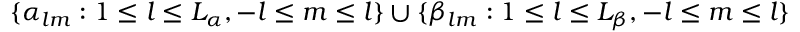
\{ \alpha _ { l m } : 1 \leq l \leq L _ { \alpha } , - l \leq m \leq l \} \cup \{ \beta _ { l m } : 1 \leq l \leq L _ { \beta } , - l \leq m \leq l \}